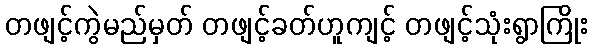
တဖျင့်ကွဲမည်မှတ် တဖျင့်ခတ်ဟူကျင့် တဖျင့်သုံးရွာကြိုး